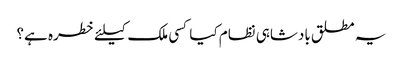
یہ مطلق بادشاہی نظام کیا کسی ملک کیلئے خطره ہے؟